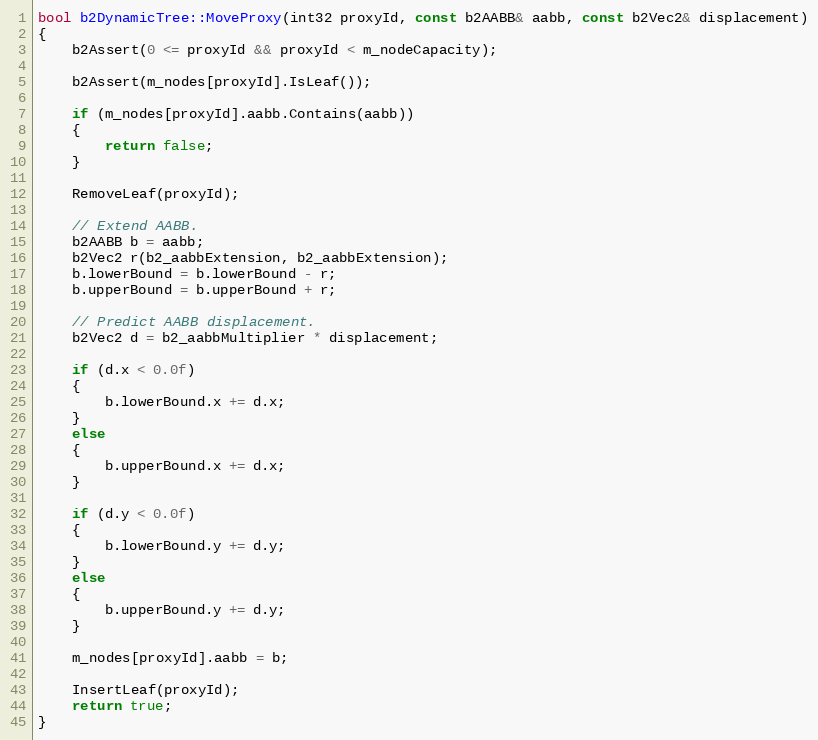
Language: C++
bool b2DynamicTree::MoveProxy(int32 proxyId, const b2AABB& aabb, const b2Vec2& displacement)
{
	b2Assert(0 <= proxyId && proxyId < m_nodeCapacity);

	b2Assert(m_nodes[proxyId].IsLeaf());

	if (m_nodes[proxyId].aabb.Contains(aabb))
	{
		return false;
	}

	RemoveLeaf(proxyId);

	// Extend AABB.
	b2AABB b = aabb;
	b2Vec2 r(b2_aabbExtension, b2_aabbExtension);
	b.lowerBound = b.lowerBound - r;
	b.upperBound = b.upperBound + r;

	// Predict AABB displacement.
	b2Vec2 d = b2_aabbMultiplier * displacement;

	if (d.x < 0.0f)
	{
		b.lowerBound.x += d.x;
	}
	else
	{
		b.upperBound.x += d.x;
	}

	if (d.y < 0.0f)
	{
		b.lowerBound.y += d.y;
	}
	else
	{
		b.upperBound.y += d.y;
	}

	m_nodes[proxyId].aabb = b;

	InsertLeaf(proxyId);
	return true;
}